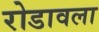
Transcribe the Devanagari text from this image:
रोडावला